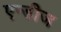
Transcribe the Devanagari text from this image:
एन्डीज